Lunatic asylums Madras 1892-1911 - 1892-1911
Year: 1892
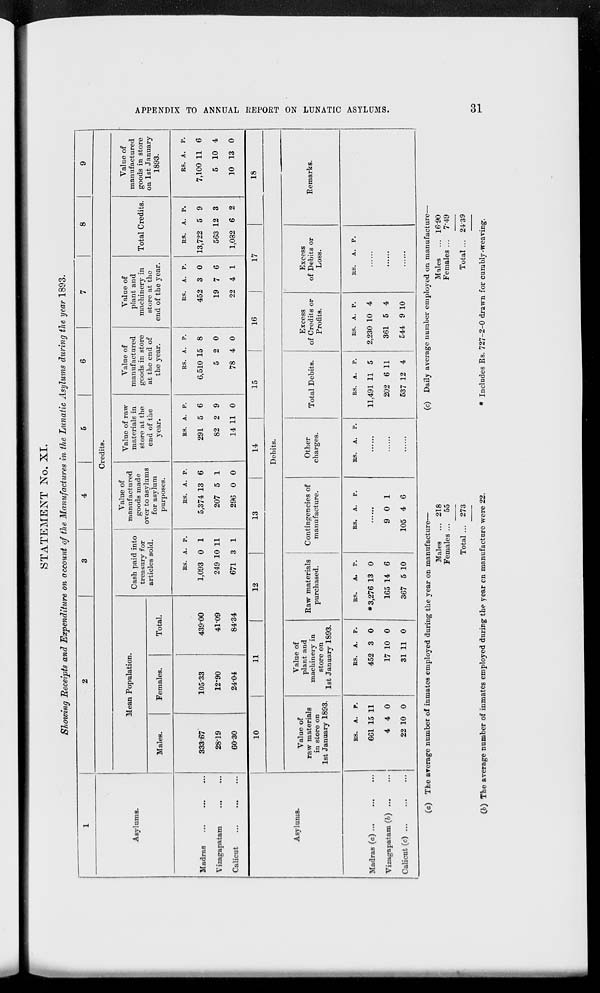
APPENDIX TO ANNUAL REPORT ON LUNATIC ASYLUMS.
31
STATEMENT No. XI.
Showing Receipts and Expenditure on account of the Manufactures in the Lunatic Asylums during the year 1893.
1
Asylums.
Madras ... ... ...
Vizagapatam ... ...
Calicut ... ... ...
2
3
4
5
6
7
8
9
Credits.
Mean Population.
Males.
333.67
28.19
60.30
Females.
105.33
12.90
24.04
Total.
439.00
41.09
84.34
Cash paid into
treasury for
articles sold.
Rs.
1,093
249
671
A
0
10
3
P.
1
11
1
Value of
manufactured
goods made
over to asylums
for asylum
purposes.
Rs.
5,374
207
296
A.
13
5
0
P.
6
1
0
Value of raw
materials in
store at the
end of the
year.
Rs.
291
82
14
A.
5
2
11
P.
6
9
0
Value of
manufactured
goods in store
at the end of
the year.
Rs.
6,510
5
78
A.
15
2
4
P.
8
0
0
Value of
plant and
machinery in
store at the
end of the year.
Rs.
452
19
22
A.
3
7
4
P.
0
6
1
Total Credits.
Rs.
13,722
563
1,082
A.
5
12
6
P.
9
3
2
Value of
manufactured
goods in store
on 1st January
1893.
Rs.
7,100
5
10
A.
11
10
13
P.
6
4
0
Asylums.
Madras (a)
...
...
...
Vizagapatam (b)
...
...
Calicut (c)
...
...
...
10
11
12
13
14
15
16
17
18
Debits.
Value of
raw materials
in store on
1st January 1893.
Rs.
661
4
22
A.
15
4
10
P.
11
0
0
Value of
plant and
machinery in
store on
1st January 1893.
Rs.
452
17
31
A.
3
10
11
P.
0
0
0
Raw materials
purchased.
Rs.
*3,276
165
367
A.
13
14
5
P.
0
6
10
Contingencies of
manufacture.
Rs.
A. P.
......
9
105
0
4
1
6
Other
charges.
Rs.
A. P.
......
......
......
Total Debits.
Rs.
11,491
202
537
A.
11
6
12
P.
5
11
4
Excess
of Credits or
Profits.
Rs.
2,230
361
544
A.
10
5
9
P.
4
4
10
Excess
of Debits or
Loss.
Rs.
A. P.
......
......
......
Remarks.
(a) The average number of inmates employed during the year on manufacture—
Males ...
Females ...
Total ...
218
55
273
(b) The average number of inmates employed during the year on manufacture were 22.
(c) Daily average number employed on manufacture—
Males ...
Females ...
Total ...
16.90
7.49
24.39
* Includes Rs. 727-2-0 drawn for cumbly-weaving.